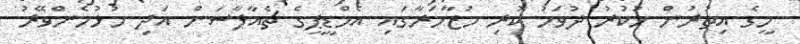
މީގެ އިތުރުން ހުކުރު ދުވަހު ކުރި މުޒާހަރާގައި އެމްޑީޕީގެ ޗެއާޕާސަން އަދި ހުޅުހެންވޭރު